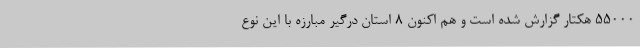
۵۵۰۰۰ هکتار گزارش شده است و هم اکنون ۸ استان درگیر مبارزه با این نوع